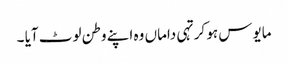
مایوس ہو کر تہی داماں وہ اپنے وطن لوٹ آیا ۔